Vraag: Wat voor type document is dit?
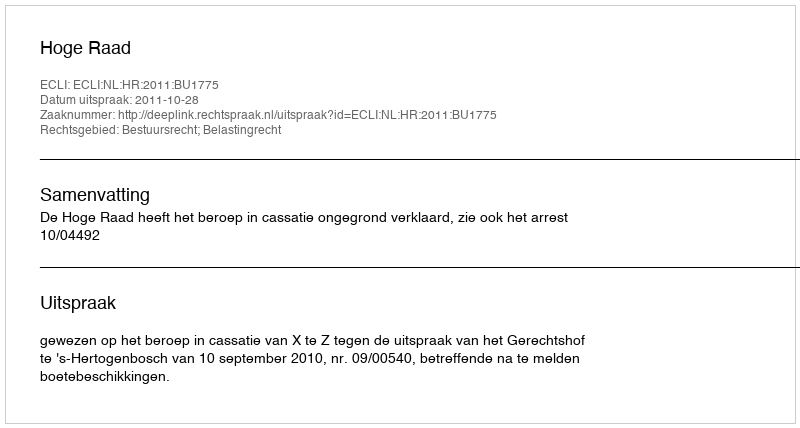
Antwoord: Uitspraak